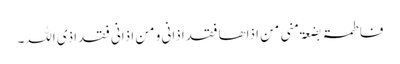
فاطمۃ بضعۃ منی من اذاھا فقد اذانی و من اذانی فقد اذی اللہ۔